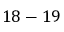
1 8 - 1 9